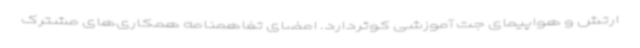
ارتش و هواپیمای جت آموزشی کوثردارد. امضای تفاهمنامه همکاری‌های مشترک